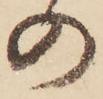
の